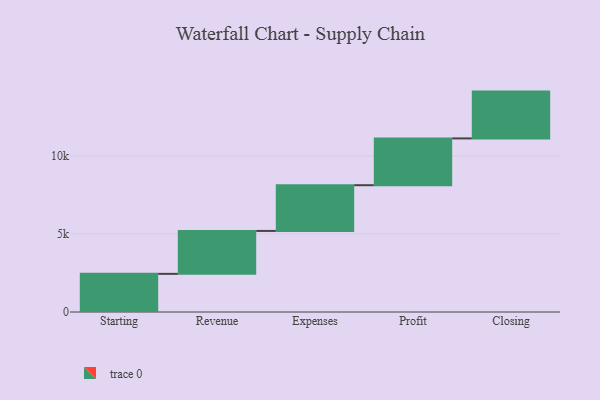
{"axis": {"x": "Step", "y": "Value"}, "legend": [""], "data": [{"x": "Starting", "y": 2445.0, "type": ""}, {"x": "Revenue", "y": 2751.0, "type": ""}, {"x": "Expenses", "y": 2930.0, "type": ""}, {"x": "Profit", "y": 3000, "type": ""}, {"x": "Closing", "y": 3000, "type": ""}]}